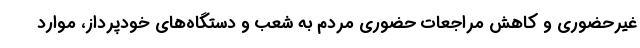
غیرحضوری و کاهش مراجعات حضوری مردم به شعب و دستگاه‌های خودپرداز، موارد